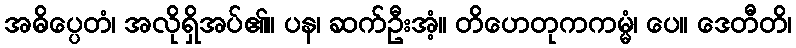
အဓိပ္ပေတံ၊ အလိုရှိအပ်၏။ ပန၊ ဆက်ဦးအံ့။ တိဟေတုကကမ္မံ၊ ပေ။ ဒေတီတိ၊